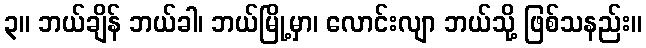
၃။ ဘယ်ချိန် ဘယ်ခါ၊ ဘယ်မြို့မှာ၊ လောင်းလျာ ဘယ်သို့ ဖြစ်သနည်း။